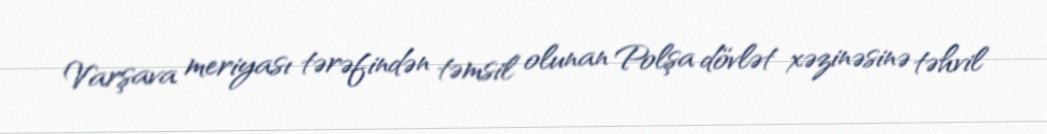
Varşava meriyası tərəfindən təmsil olunan Polşa dövlət xəzinəsinə təhvil